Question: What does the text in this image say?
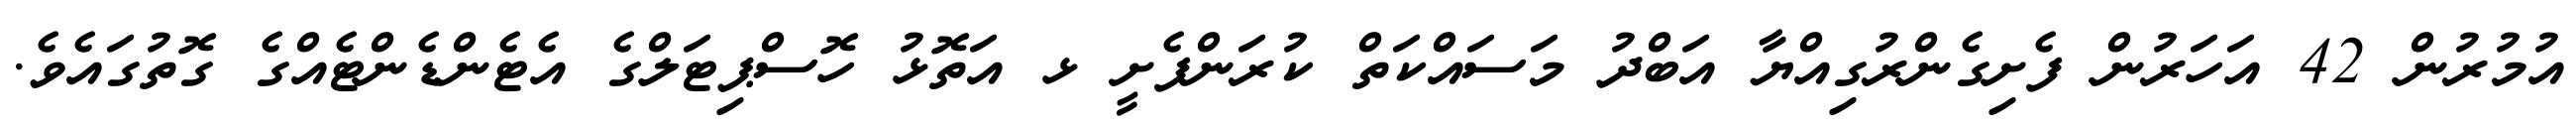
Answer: އުމުރުން 42 އަހަރުން ފެށިގެންރުގިއްޔާ އަބްދު މަސައްކަތް ކުރަންފެށީ ޅ އަތޮޅު ހޮސްޕިޓަލްގެ އެޓެންޑެންޓެއްގެ ގޮތުގައެވެ.